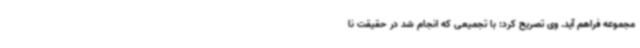
مجموعه فراهم آید. وی تصریح کرد: با تجمیعی که انجام شد در حقیقت نا